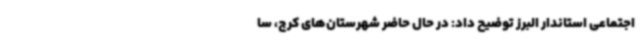
اجتماعی استاندار البرز توضیح داد: در حال حاضر شهرستان‌های کرج، سا